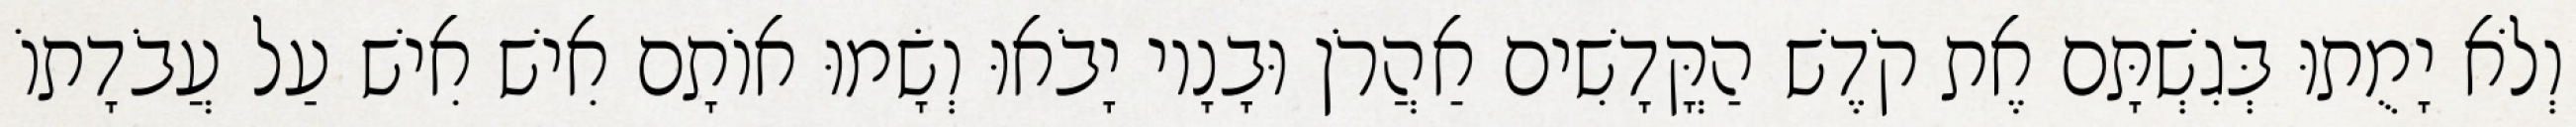
וְלֹא יָמֻתוּ בְּגִשְׁתָּם אֶת קֹדֶשׁ הַקֳּדָשִׁים אַהֲרֹן וּבָנָיו יָבֹאוּ וְשָׂמוּ אוֹתָם אִישׁ אִישׁ עַל עֲבֹדָתוֹ